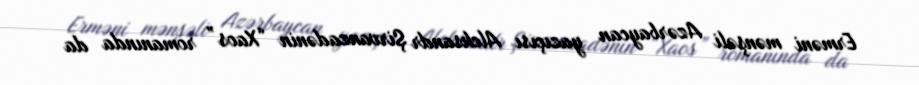
Erməni mənşəli Azərbaycan yazıçısı Aleksandr Şirvanzadənin “Xaos” romanında da